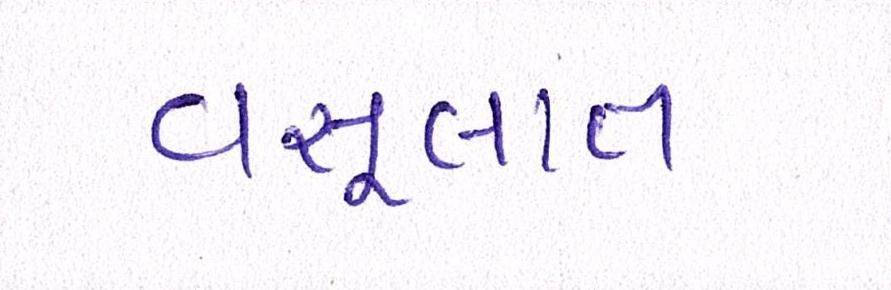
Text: વસૂલાત